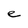
Character: e